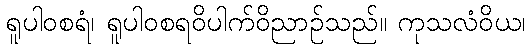
ရူပါဝစရံ၊ ရူပါဝစရဝိပါက်ဝိညာဉ်သည်။ ကုသလံဝိယ၊